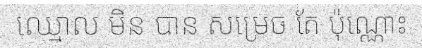
ឈ្មោល មិន បាន សម្រេច តែ ប៉ុណ្ណោះ